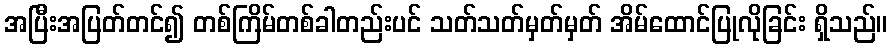
အပြီးအပြတ်တင်၍ တစ်ကြိမ်တစ်ခါတည်းပင် သတ်သတ်မှတ်မှတ် အိမ်ထောင်ပြုလိုခြင်း ရှိသည်။